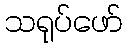
သရုပ်ဖော်